Vaccination in Bombay 1874-1876 - 1874-1876
Year: 1874
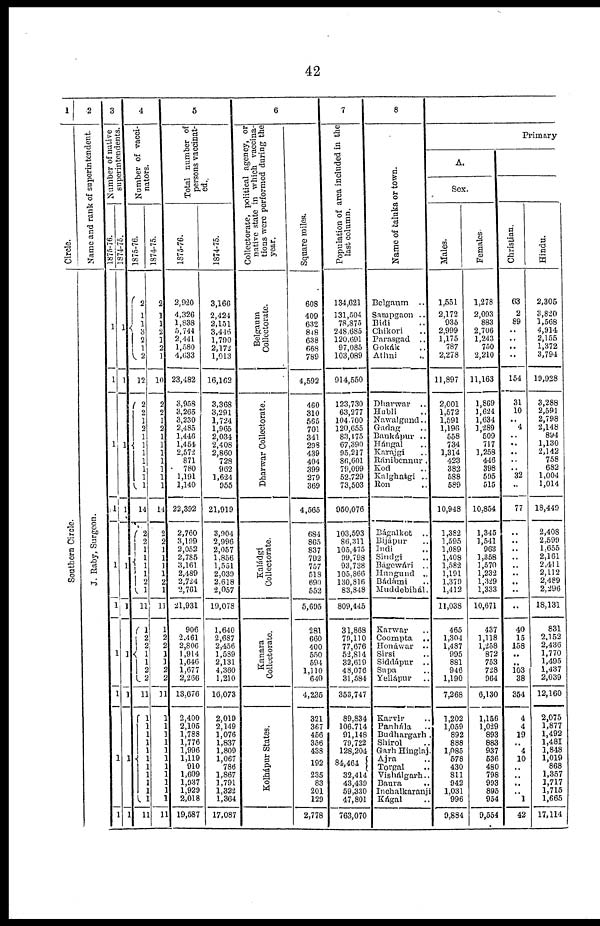
42
1
Circle.
Southern Circle.
2
Name and rank of superintendent.
J. Raby, Surgeon.
3
Number of native
superintendents.
1875-76
1
1
1
1
1
1
1
1
1
1
1874-75
1
1
1
1
1
1
1
1
1
1
4
Number of vacci-
nators.
1875-76.
2
1
1
3
2
1
2
12
2
2
1
2
1
1
1
1
1
1
1
14
2
2 1
1
1
1
2
1
11
1
2
2
1
1
2
2
11
1
1
1
1
1
1
1
1
1
1
1
11
1874-75.
2
1
1
2
1
2
1
10
2
2
1
2
1
1
1
1
1
1
1
14
2
2
1
1
1
1
2
1
11
1
2
2
1
1
2
2
11
1
1
1
1
1
1
1
1
1
1
1
11
5
Total number of
persons vaccinat-
ed.
1875-76.
2,920
4,326
1,838
5,744
2,441
1,580
4,633
23,482
3,958
3,265
3,230
2,485
1,446
l,454
2,572
871
780
1,191
1,140
22,392
2,760
3,199
2,052
2,785
3,161
2,489
2,724
2,761
21,931
906
2,461
2,806
1,914
1,646
1,677
2,266
13,676
2,400
2,105
1,788
1,776
1,996
1,119
910
1,609
1,937
1,929
2,018
19,587
1874-75.
3,166
2,424
2,151
3,446
1,790
2,172
1,013
16,162
3,368
3,291
1,724
1,965
2,034
2,408
2,860
728
962
1,624
955
21,919
3,904
2,996
2,057
1,856
1,551
2,039
2,618
2,057
19,078
1,640
2,687
2,456
1,589
2,131
4,360
1,210
16,073
2,019
2,149
1,076
1,837
1,809
1,067
786
1,867
1,791
1,322
1,364
17,087
6
Collectorate, political agency, or
native state in which vaccina-
tions were performed during the
year.
Belgaum
Collectorate.
Dharwar Collectorate.
Kaládgi
Collectorate.
Kanara
Collectorate.
Kolhápur States.
Square miles.
608
409
632
848
638
668
789
4,592
460
310
565
701
341
298
439
404
399
279
369
4,565
684
865
837
792
757
518
690
552
5,695
281
660
400
550
594
1,110
640
4,235
321
367
456
356
438
192
235
83
201
129
2,778
7
Population of area included in the
last column.
134,621
131,504
78,875
248,685
120,691
97,085
103,089
914,550
123,730
63,277
104,700
120,655
83,175
67,390
95,217
86,601
79,099
52,729
73,503
950,076
103,593
86,311
105,475
99,798
93,738
105,866
130,816
83,848
809,445
31,868
79,110
77,676
52,814
32,619
48,076
31,584
353,747
89,834
106,714
91,148
79,722
128,204
84,464
32,414
43,439
59,330
47,801
763,070
8
Name of taluka or town.
Belgaum
..
Sampgaon ..
Bidi ..
Chikori ..
Parasgad
..
Gokák
Athni ..
Dharwar ..
Hubli ..
Nawalgund..
Gadag ..
Bankápur ..
Hángal ..
Karajgi ..
Ránibonnur ..
Kod ..
Kalghatgi ..
Ron ..
Bágalkot ..
Bijápur ..
Indi ..
Sindgi ..
Bágewárí ..
Hungund ..
Bádámi ..
Muddebihál.
Karwar ..
Coompta ..
Honáwar ..
Sirsi ..
Siddápur ..
Supa ..
Yellápur
..
Karvir ..
Panhála ..
Budhargarh .
Shirol ..
Garh Hinglaj.
Ajra ..
Torgal ..
Vishálgarh ..
Baura ..
Inchalkaranji
Kágal ..
Primary
A.
Sex.
Males.
1,551
2,172
935
2,999
1,175
787
2,278
11,897
2,001
1,572
1,591
1,196
558
734
1,314
423
382
588
589
10,948
1,382
1,595
1,089
1,408
1,582
1,191
1,379
1,412
11,038
465
1,304
1,487
995
881
946
1,190
7,268
1,202
1,059
892
888
1,085
578
430
811
942
1,031
996
9,884
Females.
1,278
2,093
883
2,706
1,243
750
2,210
11,163
1,869
1,624
1,634
1,289
509
717
1,258
446
398
595
515
10,854
1,345
1,541
963
1,358
1,570
1,232
1,329
1,333
10,671
437
1,118
1,258
872
753
728
964
6,130
1,156
1,029
893
883
937
536
480
798
993
895
954
9,554
Christian.
63
2
89
..
..
..
..
154
31
10
.. 4
..
..
..
..
.. 32
..
77
..
..
..
..
..
..
..
..
..
40
15
158
..
..
103
38
354
4
4
19
.. 4
10
..
..
..
.. 1
42
Hindu.
2,305
3,820
1,568
4,914
2,155
1,372
3,794
19,928
3,288
2,591
2,798
2,148
894
1,130
2,142
758
682
1,004
1,014
18,449
2,408
2,599
1,655
2,161
2,411
2,112
2,489
2,296
18,131
831
2,152
2,436
1,770
1,495
1,437
2,039
12,160
2,075
1,877
1,492
1,481
1,848
1,019
868
1,357
1,717
1,715
1,665
17,114